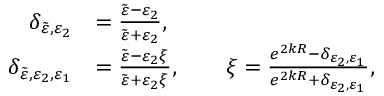
\begin{array} { r l } { \delta _ { \Tilde { \varepsilon } , \varepsilon _ { 2 } } } & { = \frac { \Tilde { \varepsilon } - \varepsilon _ { 2 } } { \Tilde { \varepsilon } + \varepsilon _ { 2 } } , } \\ { \delta _ { \Tilde { \varepsilon } , \varepsilon _ { 2 } , \varepsilon _ { 1 } } } & { = \frac { \Tilde { \varepsilon } - \varepsilon _ { 2 } \xi } { \Tilde { \varepsilon } + \varepsilon _ { 2 } \xi } , \qquad \xi = \frac { e ^ { 2 k R } - \delta _ { \varepsilon _ { 2 } , \varepsilon _ { 1 } } } { e ^ { 2 k R } + \delta _ { \varepsilon _ { 2 } , \varepsilon _ { 1 } } } , } \end{array}